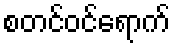
စတင်ဝင်ရောက်